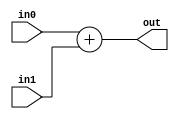
/*
 Written By: Benjamin Zaporzan
 
 8bit adder with two inputs
 
 in0 - [7:0] first input
 in1 - [7:0] second input
 out - output 
 */

`ifndef ADDER8_V
`define ADDER8_V


module adder8bit(in0,in1,out);
   
   input [7:0] in0,in1;
   output [7:0] out;
   assign out = in0 + in1;
   
endmodule // adder8bit


`endif //ADDER8_V